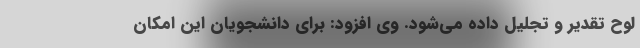
لوح تقدیر و تجلیل داده می‌شود. وی افزود: برای دانشجویان این امکان